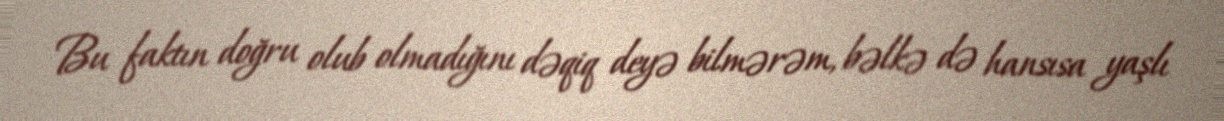
Bu faktın doğru olub olmadığını dəqiq deyə bilmərəm, bəlkə də hansısa yaşlı